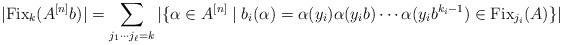
LaTeX: \begin{align*}|{\rm Fix}_k(A^{[n]}b)|=\sum_{j_1\cdots j_\ell=k} |\{\alpha \in A^{[n]}\mid b_i(\alpha)=\alpha(y_i)\alpha(y_ib)\cdots\alpha(y_ib^{k_i-1})\in {\rm Fix}_{j_i}(A)\} |\end{align*}